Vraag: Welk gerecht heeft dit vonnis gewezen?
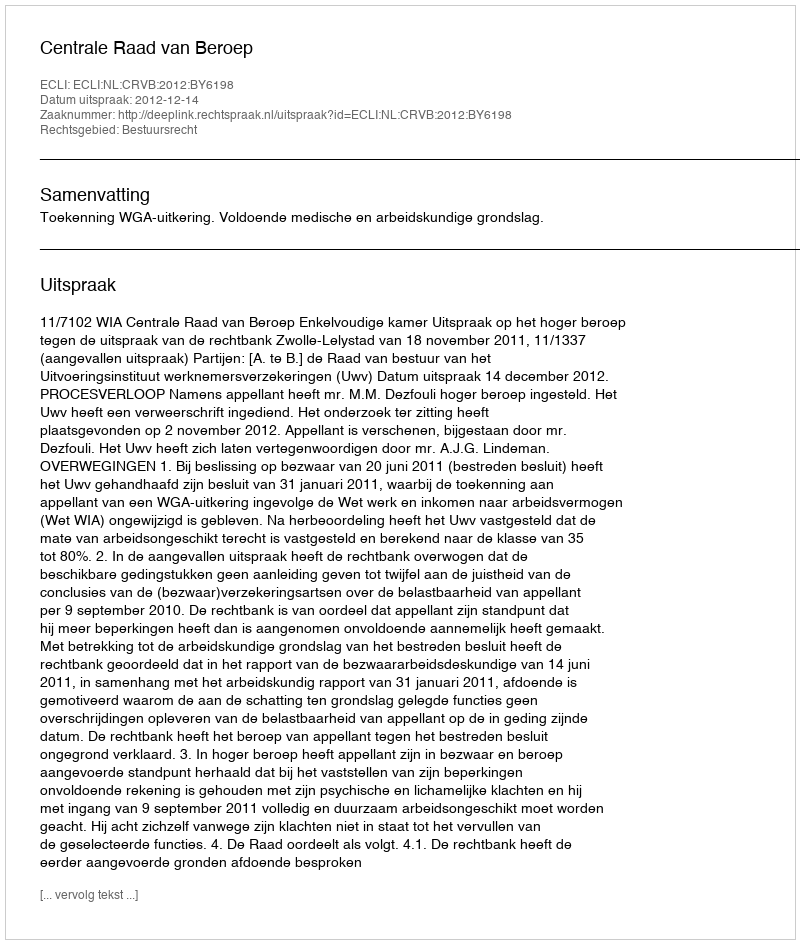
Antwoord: Centrale Raad van Beroep